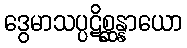
ဒွေမာသပ္ပဋိစ္ဆန္နာယော